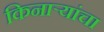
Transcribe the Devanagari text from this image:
किनाऱ्यांचा